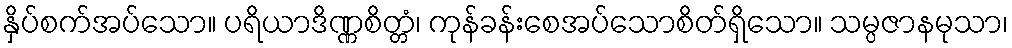
နှိပ်စက်အပ်သော။ ပရိယာဒိဏ္ဏစိတ္တံ၊ ကုန်ခန်းစေအပ်သောစိတ်ရှိသော။ သမ္ပဇာနမုသာ၊